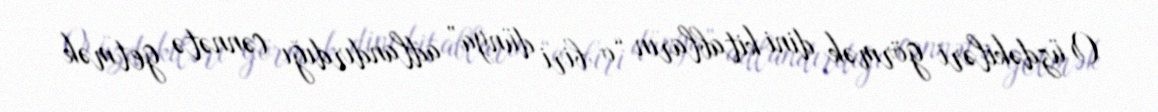
O üzdəkiləri görmək dini kitabların “o biri dünya” adlandırdığı cənnətə getmək